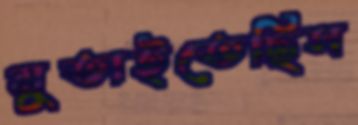
মুতাইতেছিস